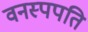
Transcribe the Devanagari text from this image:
वनस्पपति